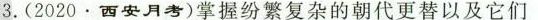
3.(2020·西安月考)掌握纷繁复杂的朝代更替以及它们